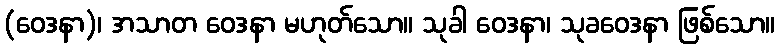
(ဝေဒနာ)၊ အသာတ ဝေဒနာ မဟုတ်သော။ သုခါ ဝေဒနာ၊ သုခဝေဒနာ ဖြစ်သော။